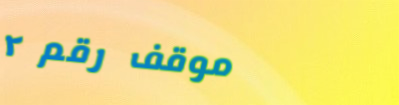
موقف رقم ٢